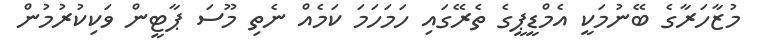
މުޒާހަރާގެ ބޭނުމަކީ އެމްޑީޕީގެ ތެރޭގައި ހަމަހަމަ ކަމެއް ނެތި މޫސަ ޕާޓީން ވަކިކުރުމުން